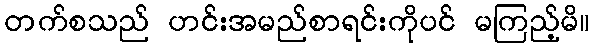
တက်စသည် ဟင်းအမည်စာရင်းကိုပင် မကြည့်မိ။